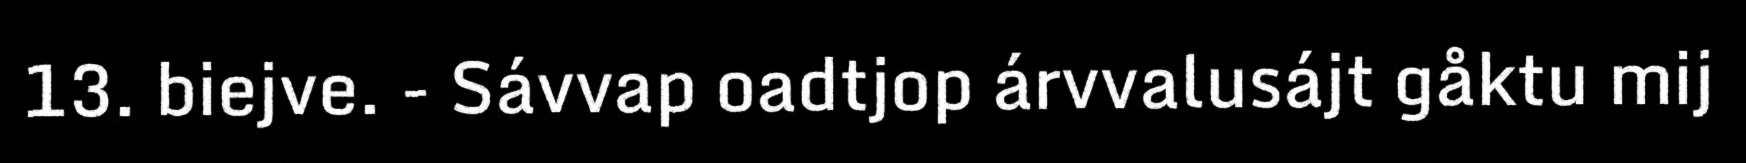
13. biejve. - Sávvap oadtjop árvvalusájt gåktu mij